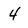
Character: 4